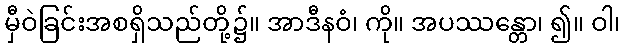
မှီဝဲခြင်းအစရှိသည်တို့၌။ အာဒီနဝံ၊ ကို။ အပဿန္တော၊ ၍။ ဝါ၊